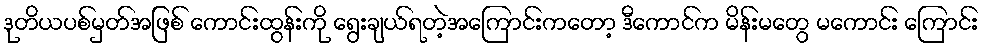
ဒုတိယပစ်မှတ်အဖြစ် ကောင်းထွန်းကို ရွေးချယ်ရတဲ့အကြောင်းကတော့ ဒီကောင်က မိန်းမတွေ မကောင်း ကြောင်း